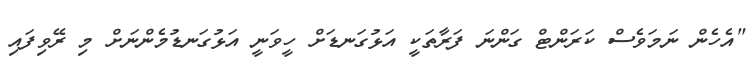
"އެހެން ނަމަވެސް ކަރަންޓް ގަންނަ ފަރާތަކީ އަޅުގަނޑަށް ހީވަނީ އަޅުގަނޑުމެންނަށް މި ރޭވިފައި